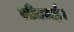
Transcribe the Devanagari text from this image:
सीएमई।